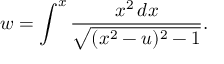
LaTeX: w = \int ^ { x } \frac { x ^ { 2 } \, d x } { \sqrt { ( x ^ { 2 } - u ) ^ { 2 } - 1 } } .